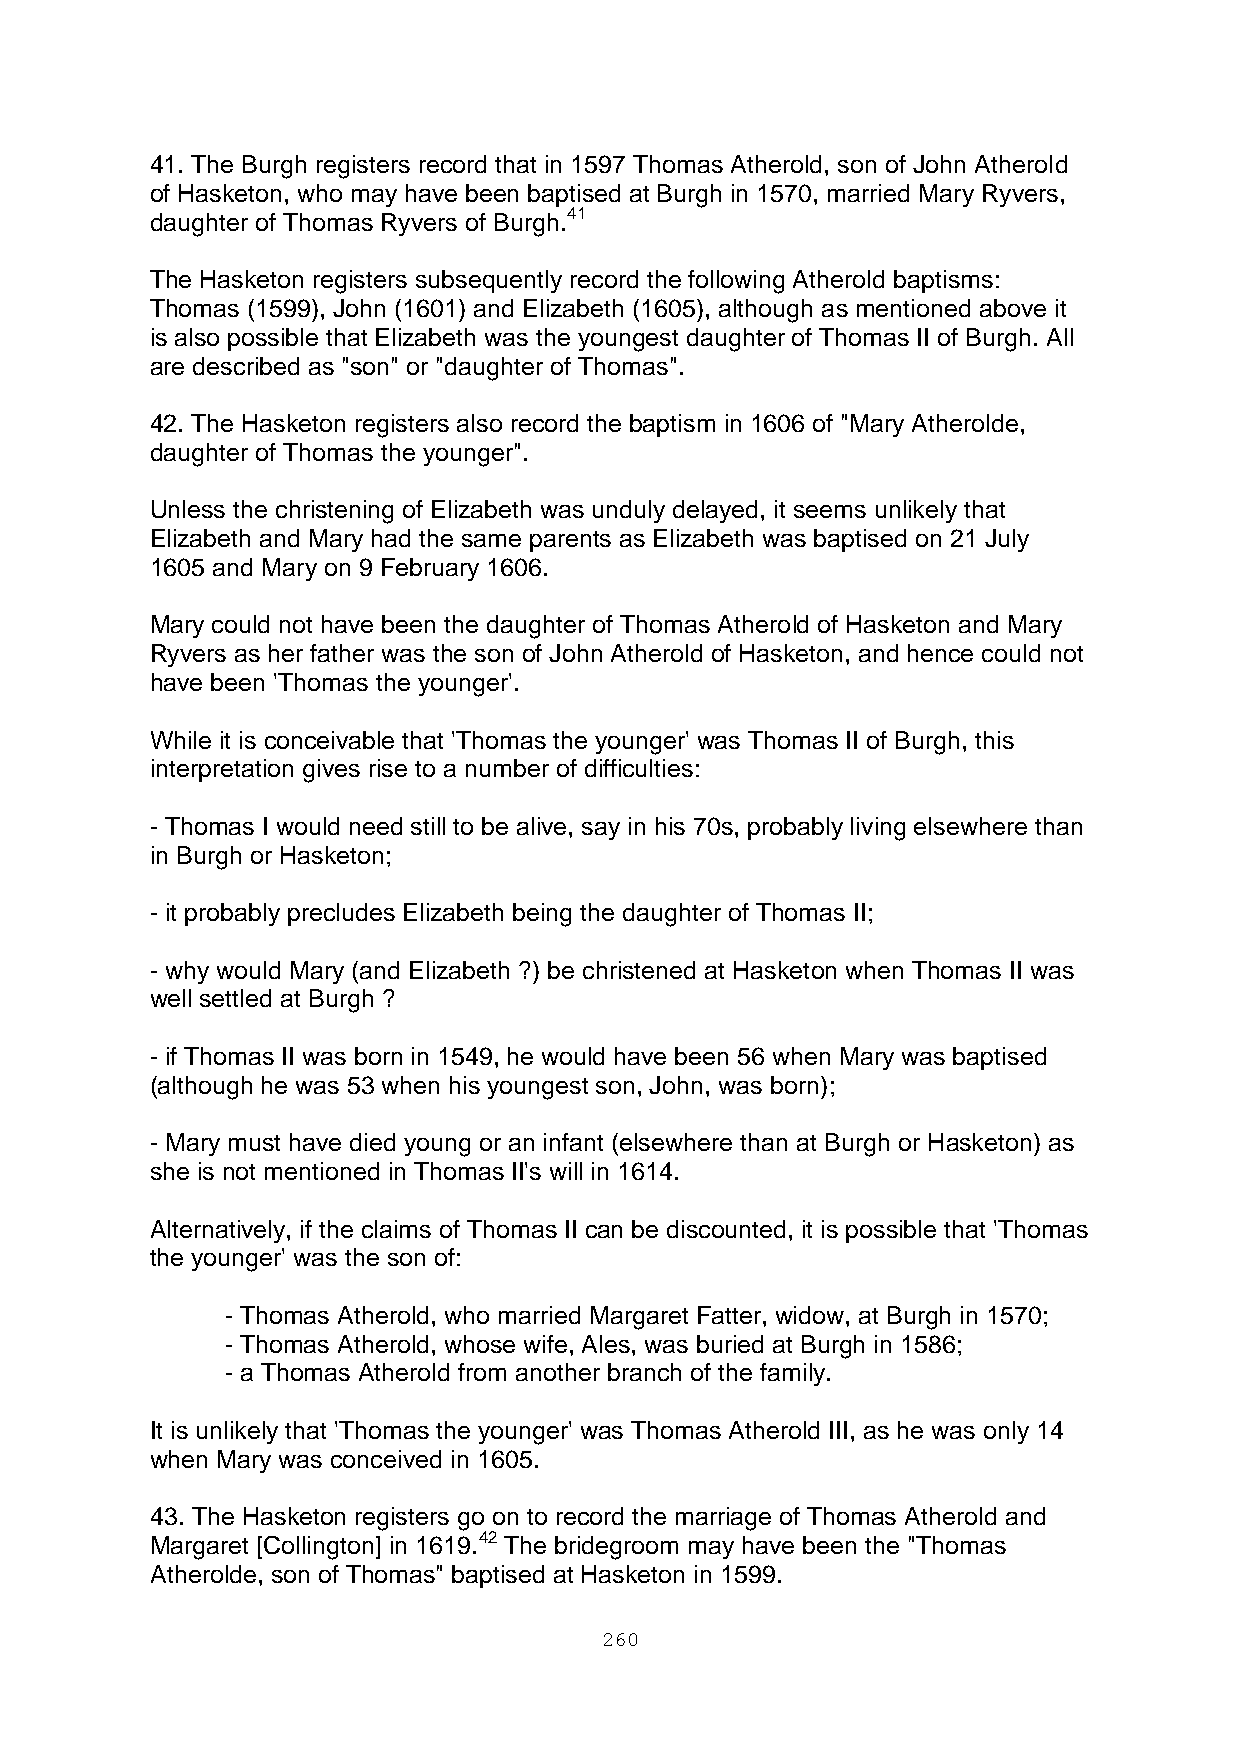
41. The Burgh registers record that in 1597 Thomas Atherold, son of John Atherold
 of Hasketon, who may have been baptised at Burgh in 1570, married Mary Ryvers,
 daughter of Thomas Ryvers of Burgh.41
 The Hasketon registers subsequently record the following Atherold baptisms:
 Thomas (1599), John (1601) and Elizabeth (1605), although as mentioned above it
 is also possible that Elizabeth was the youngest daughter of Thomas II of Burgh. All
 are described as "son" or "daughter of Thomas".
 42. The Hasketon registers also record the baptism in 1606 of "Mary Atherolde,
 daughter of Thomas the younger".
 Unless the christening of Elizabeth was unduly delayed, it seems unlikely that
 Elizabeth and Mary had the same parents as Elizabeth was baptised on 21 July
 1605 and Mary on 9 February 1606.
 Mary could not have been the daughter of Thomas Atherold of Hasketon and Mary
 Ryvers as her father was the son of John Atherold of Hasketon, and hence could not
 have been 'Thomas the younger'.
 While it is conceivable that 'Thomas the younger' was Thomas II of Burgh, this
 interpretation gives rise to a number of difficulties:
 - Thomas I would need still to be alive, say in his 70s, probably living elsewhere than
 in Burgh or Hasketon;
 - it probably precludes Elizabeth being the daughter of Thomas II;
 - why would Mary (and Elizabeth ?) be christened at Hasketon when Thomas II was
 well settled at Burgh ?
 - if Thomas II was born in 1549, he would have been 56 when Mary was baptised
 (although he was 53 when his youngest son, John, was born);
 - Mary must have died young or an infant (elsewhere than at Burgh or Hasketon) as
 she is not mentioned in Thomas II's will in 1614.
 Alternatively, if the claims of Thomas II can be discounted, it is possible that 'Thomas
 the younger' was the son of:
 - Thomas Atherold, who married Margaret Fatter, widow, at Burgh in 1570;
 - Thomas Atherold, whose wife, Ales, was buried at Burgh in 1586;
 - a Thomas Atherold from another branch of the family.
 It is unlikely that 'Thomas the younger' was Thomas Atherold III, as he was only 14
 when Mary was conceived in 1605.
 43. The Hasketon registers go on to record the marriage of Thomas Atherold and
 Margaret [Collington] in 1619.42 The bridegroom may have been the "Thomas
 Atherolde, son of Thomas" baptised at Hasketon in 1599.
 260